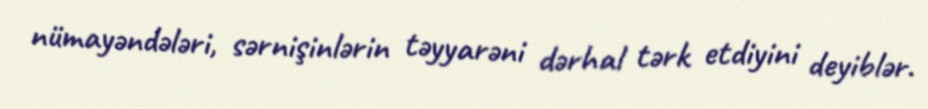
nümayəndələri, sərnişinlərin təyyarəni dərhal tərk etdiyini deyiblər.